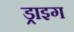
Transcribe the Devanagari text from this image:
ड्राइग